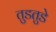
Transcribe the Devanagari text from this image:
तुडतुडे